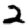
Digit: 2